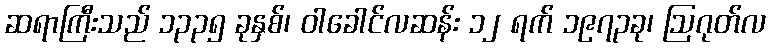
ဆရာကြီးသည် ၁၃၃၅ ခုနှစ်၊ ဝါခေါင်လဆန်း ၁၂ ရက် ၁၉၇၃ခု၊ ဩဂုတ်လ